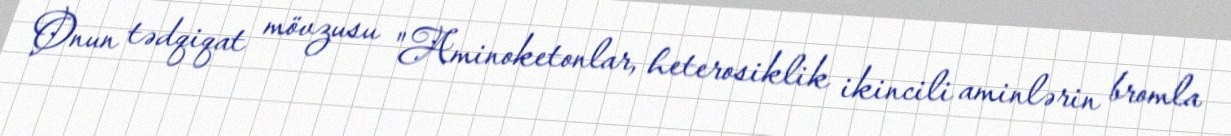
Onun tədqiqat mövzusu "Aminoketonlar, heterosiklik ikincili aminlərin bromla